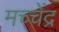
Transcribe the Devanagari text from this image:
मच्चेंद्र